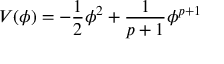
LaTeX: V ( \phi ) = - \frac { 1 } { 2 } \phi ^ { 2 } + \frac { 1 } { p + 1 } \phi ^ { p + 1 }